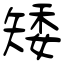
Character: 矮